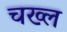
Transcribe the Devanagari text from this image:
चख्ल